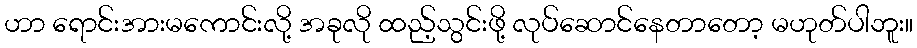
ဟာ ရောင်းအားမကောင်းလို့ အခုလို ထည့်သွင်းဖို့ လုပ်ဆောင်နေတာတော့ မဟုတ်ပါဘူး။